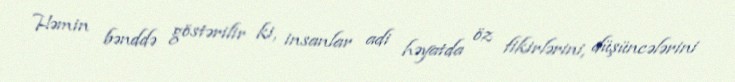
Həmin bənddə göstərilir ki, insanlar adi həyatda öz fikirlərini, düşüncələrini